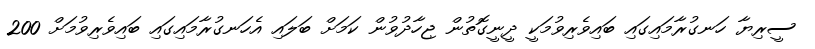
ސީރިޔާ ހަނގުރާމައިގައި ބައިވެރިވުމަކީ ދީނީގޮތުން ޖިހާދުވުން ކަމަށް ބަލައި އެހަނގުރާމައިގައި ބައިވެރިވުމަށް 200